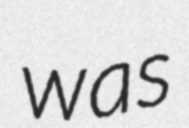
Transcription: was